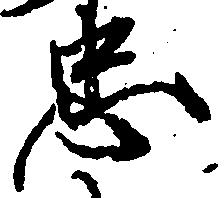
忠